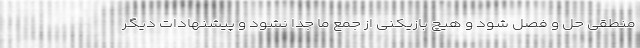
منطقی حل و فصل شود و هیچ بازیکنی از جمع ما جدا نشود و پیشنهادات دیگر